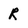
Character: R